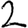
Digit: 2